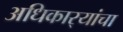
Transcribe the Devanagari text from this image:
अधिकार्‍यांचा